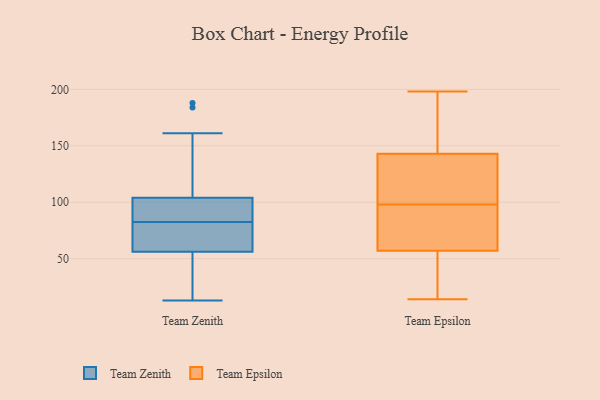
{"axis": {"x": "Waste Production (Tons)", "y": "Value"}, "legend": ["Team Epsilon", "Team Zenith"], "data": [{"x": "", "y": 36, "type": "Team Zenith"}, {"x": "", "y": 64, "type": "Team Zenith"}, {"x": "", "y": 87, "type": "Team Zenith"}, {"x": "", "y": 104, "type": "Team Zenith"}, {"x": "", "y": 78, "type": "Team Zenith"}, {"x": "", "y": 69, "type": "Team Zenith"}, {"x": "", "y": 13, "type": "Team Zenith"}, {"x": "", "y": 188, "type": "Team Zenith"}, {"x": "", "y": 110, "type": "Team Zenith"}, {"x": "", "y": 38, "type": "Team Zenith"}, {"x": "", "y": 184, "type": "Team Zenith"}, {"x": "", "y": 101, "type": "Team Zenith"}, {"x": "", "y": 69, "type": "Team Zenith"}, {"x": "", "y": 51, "type": "Team Zenith"}, {"x": "", "y": 98, "type": "Team Zenith"}, {"x": "", "y": 161, "type": "Team Zenith"}, {"x": "", "y": 104, "type": "Team Zenith"}, {"x": "", "y": 56, "type": "Team Zenith"}, {"x": "", "y": 164, "type": "Team Epsilon"}, {"x": "", "y": 81, "type": "Team Epsilon"}, {"x": "", "y": 136, "type": "Team Epsilon"}, {"x": "", "y": 88, "type": "Team Epsilon"}, {"x": "", "y": 182, "type": "Team Epsilon"}, {"x": "", "y": 198, "type": "Team Epsilon"}, {"x": "", "y": 103, "type": "Team Epsilon"}, {"x": "", "y": 62, "type": "Team Epsilon"}, {"x": "", "y": 42, "type": "Team Epsilon"}, {"x": "", "y": 98, "type": "Team Epsilon"}, {"x": "", "y": 14, "type": "Team Epsilon"}, {"x": "", "y": 116, "type": "Team Epsilon"}, {"x": "", "y": 15, "type": "Team Epsilon"}]}